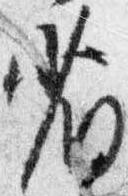
省